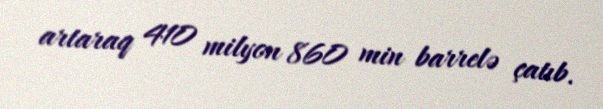
artaraq 410 milyon 860 min barrelə çatıb.